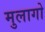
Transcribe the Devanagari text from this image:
मुलागो